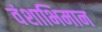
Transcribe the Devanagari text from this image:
वंशाभिमान